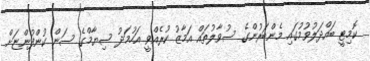
ކޮމިޓީ ބައްދަލުވުމުގައި މެންބަރުންގެ ސުވާލުތައް އަމާޒު ކުރެއްވީ އަހުމަދު ސިޔާމްގެ ސަން ކުންފުންޏަށް